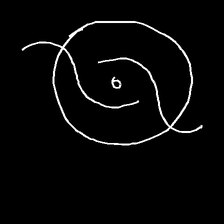
Glyph: repetition